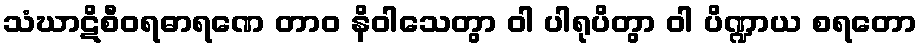
သံဃာဋိစီဝရဓာရဏေ တာဝ နိဝါသေတွာ ဝါ ပါရုပိတွာ ဝါ ပိဏ္ဍာယ စရတော